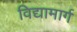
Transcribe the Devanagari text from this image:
विद्यामार्ग